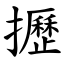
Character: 攊